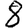
Digit: 8